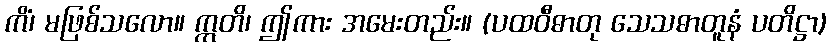
ကိံ၊ မဖြစ်သလော။ ဣတိ၊ ဤကား အမေးတည်း။ (ပထဝီဓာတု သေသဓာတူနံ ပတိဋ္ဌာ)